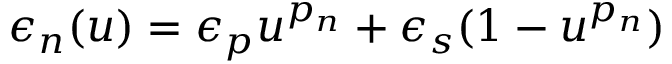
\epsilon _ { n } ( u ) = \epsilon _ { p } u ^ { p _ { n } } + \epsilon _ { s } ( 1 - u ^ { p _ { n } } )